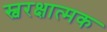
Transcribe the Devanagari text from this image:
स्वरक्षात्मक